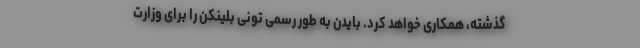
گذشته، همکاری خواهد کرد. بایدن به طور رسمی تونی بلینکن را برای وزارت